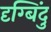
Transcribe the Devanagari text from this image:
दृग्बिंदु